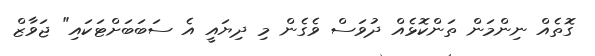
ގޮތެއް ނިންމަން ތަންކޮޅެއް ދުވަސް ވެގެން މި ދިޔައީ އެ ސަބަބަށްޓަކައި" ޖަވާޒް